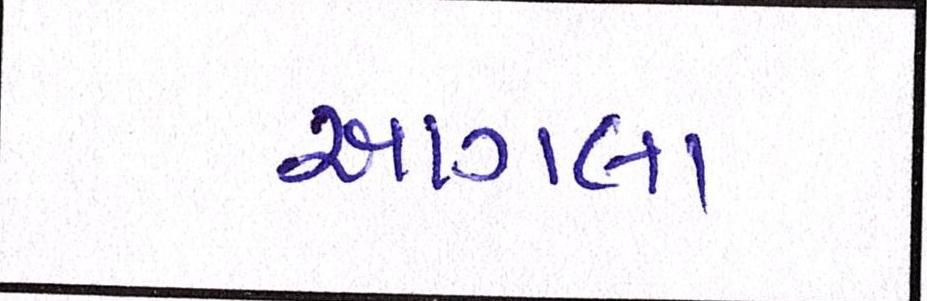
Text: આગલા